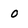
Character: 0